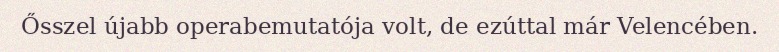
Ősszel újabb operabemutatója volt, de ezúttal már Velencében.